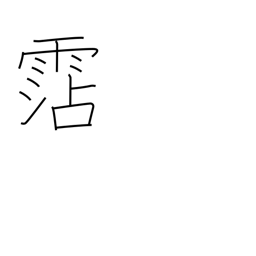
Meaning: water